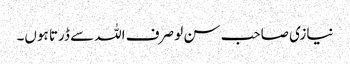
نیازی صاحب سن لو صرف اللہ سے ڈرتا ہوں۔